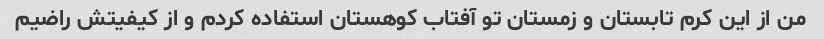
من از این کرم تابستان و زمستان تو آفتاب کوهستان استفاده کردم و از کیفیتش راضیم